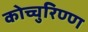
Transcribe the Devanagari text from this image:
कोच्चुरिण्ण